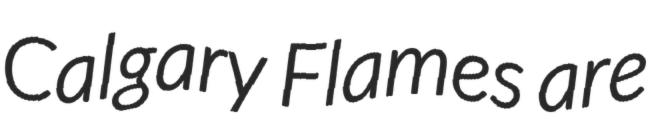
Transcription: Calgary Flames are